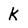
Character: k